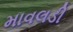
માવલડી